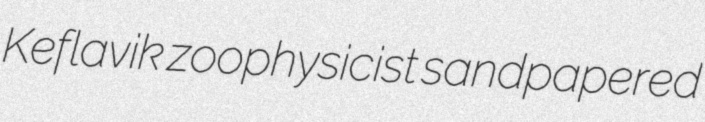
Keflavik zoophysicist sandpapered